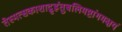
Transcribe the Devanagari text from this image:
तेस्मत्सकाशाद्गृह्णंतुबलिमष्टांगमक्षयं